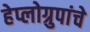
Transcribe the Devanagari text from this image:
हेप्लोग्रुपांचे